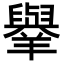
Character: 𦏜